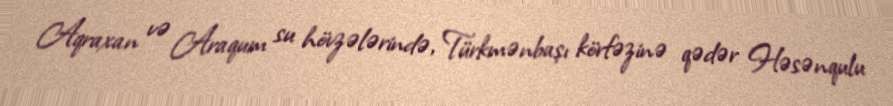
Aqraxan və Araqum su hövzələrində, Türkmənbaşı körfəzinə qədər Həsənqulu